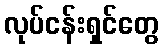
လုပ်ငန်းရှင်တွေ